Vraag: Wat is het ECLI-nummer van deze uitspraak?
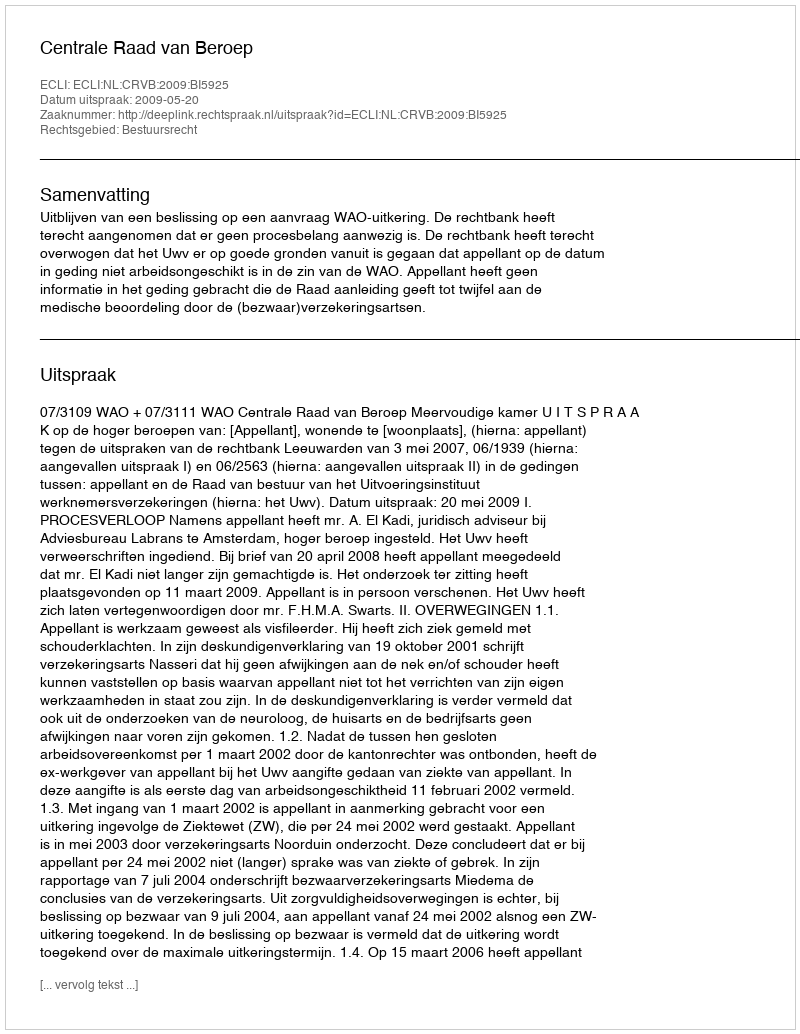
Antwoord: ECLI:NL:CRVB:2009:BI5925